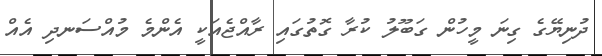
ދުނިޔޭގެ ގިނަ މީހުން ގަބޫލު ކުރާ ގޮތުގައި ރާއްޖެއަކީ އެންމެ މުއްސަނދި އެއް